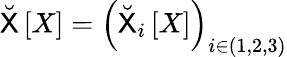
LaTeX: \breve{\mathsf{X}}\left[X\right]=\left(\breve{\mathsf{X}}_{i}\left[X\right]\right)_{i\in(1,2,3)}